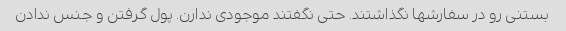
بستنی رو در سفارشها نگذاشتند. حتی نگفتند موجودی ندارن. پول گرفتن و جنس ندادن